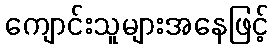
ကျောင်းသူများအနေဖြင့်